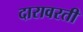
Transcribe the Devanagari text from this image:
दारावरती